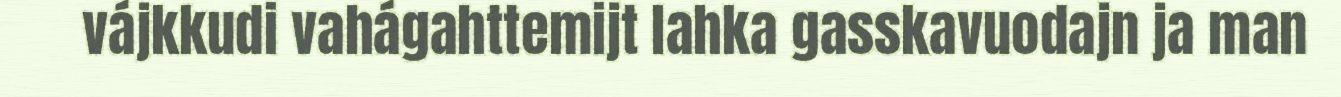
vájkkudi vahágahttemijt lahka gasskavuodajn ja man